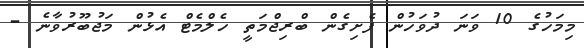
މިިމަހުގެ 10 ވަނަ ދުވަހުން ފެށިގެން ބްރިޖްމަތީ ހެލްމެޓް އެޅުން މަޖުބޫރުވާނެ -